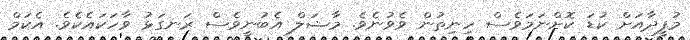
މުފީދާއަށް ކުޑަ ކޮށްނަމަވެސް ހިނިތުން ވެވުނެވެ. މާޝަލް އެބުނީވެސް ރަނގަޅު ވާހަކައެކެވެ. އެކަމް